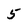
Character: 5